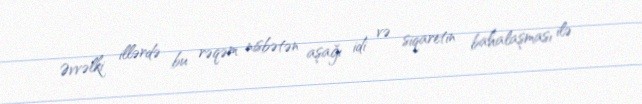
Əvvəlki illərdə bu rəqəm nisbətən aşağı idi və siqaretin bahalaşması ilə